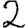
Digit: 2